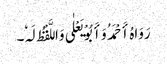
رَوَاہُ أَحْمَدُ وَأَبُوْ یَعْلٰی وَاللَّفْظُ لَہٗ۔